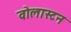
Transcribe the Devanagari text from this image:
वोलास्टन